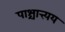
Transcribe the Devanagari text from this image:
पाश्चात्त्यय